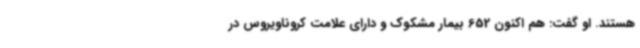
هستند. او گفت: هم اکنون 652 بیمار مشکوک و دارای علامت کروناویروس در